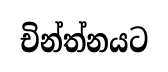
චින්ත්නයට